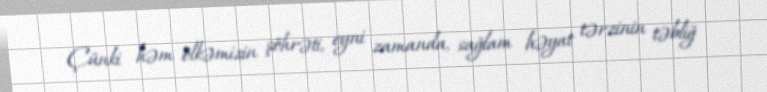
Çünki həm ölkəmizin şöhrəti, eyni zamanda, sağlam həyat tərzinin təbliğ